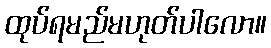
ထုပ်ရမည်မဟုတ်ပါလော။